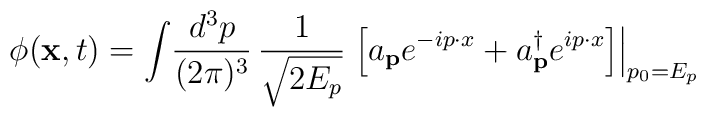
\phi({\bf x},t) = \int\! \frac{d^{3}p}{(2\pi)^3}\,\frac{1}{\sqrt{2 E_{p}}}\left.\left[ a_{\bf p}e^{-ip \cdot x} +a^{\dag}_{\bf p}e^{ip \cdot x }\right]\right|_{p_{0} = E_{p}}